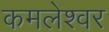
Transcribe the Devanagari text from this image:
कमलेश्‍वर